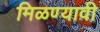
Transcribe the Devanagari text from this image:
मिळण्यावी